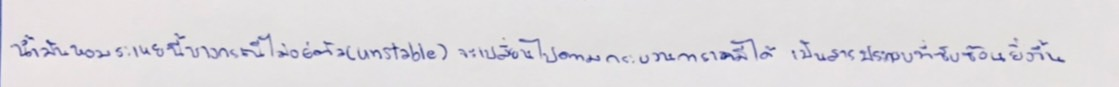
น้ำมันหอมระเหยนี้บางกรณีไม่อยู่ตัว(unstable)จะเปลี่ยนไปตามกระบวนการเคมีได้เป็นสารประกอบที่ซับซ้อนยิ่งขึ้น